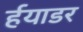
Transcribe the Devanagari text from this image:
र्हयाडर